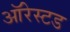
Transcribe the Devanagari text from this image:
ऑरेस्टड